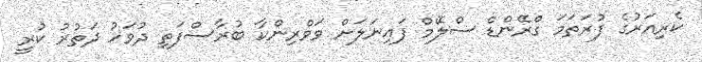
ކެރިއަރުގެ ފުރަތަމަ ގްރޭންޑް ސްލޭމް ފައިނަލަށް ވަވްރިންކާ ބުރާސްފަތި ދުވަހު ދަތުރު ކުރީ